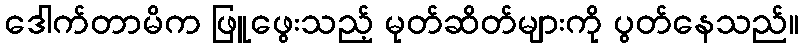
ဒေါက်တာမိက ဖြူဖွေးသည့် မုတ်ဆိတ်များကို ပွတ်နေသည်။